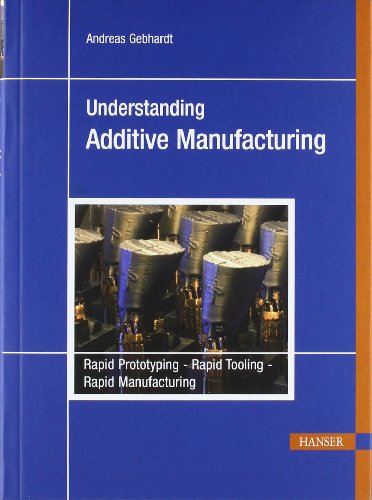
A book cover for Understanding Additive Manufacturing: Rapid Prototyping, Rapid Tooling, Rapid Manufacturing; Andreas Gebhardt; Computers & Technology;